65_HS1-834228961_62-HQ-83894_Section_4
Agency: FBI
Page 179
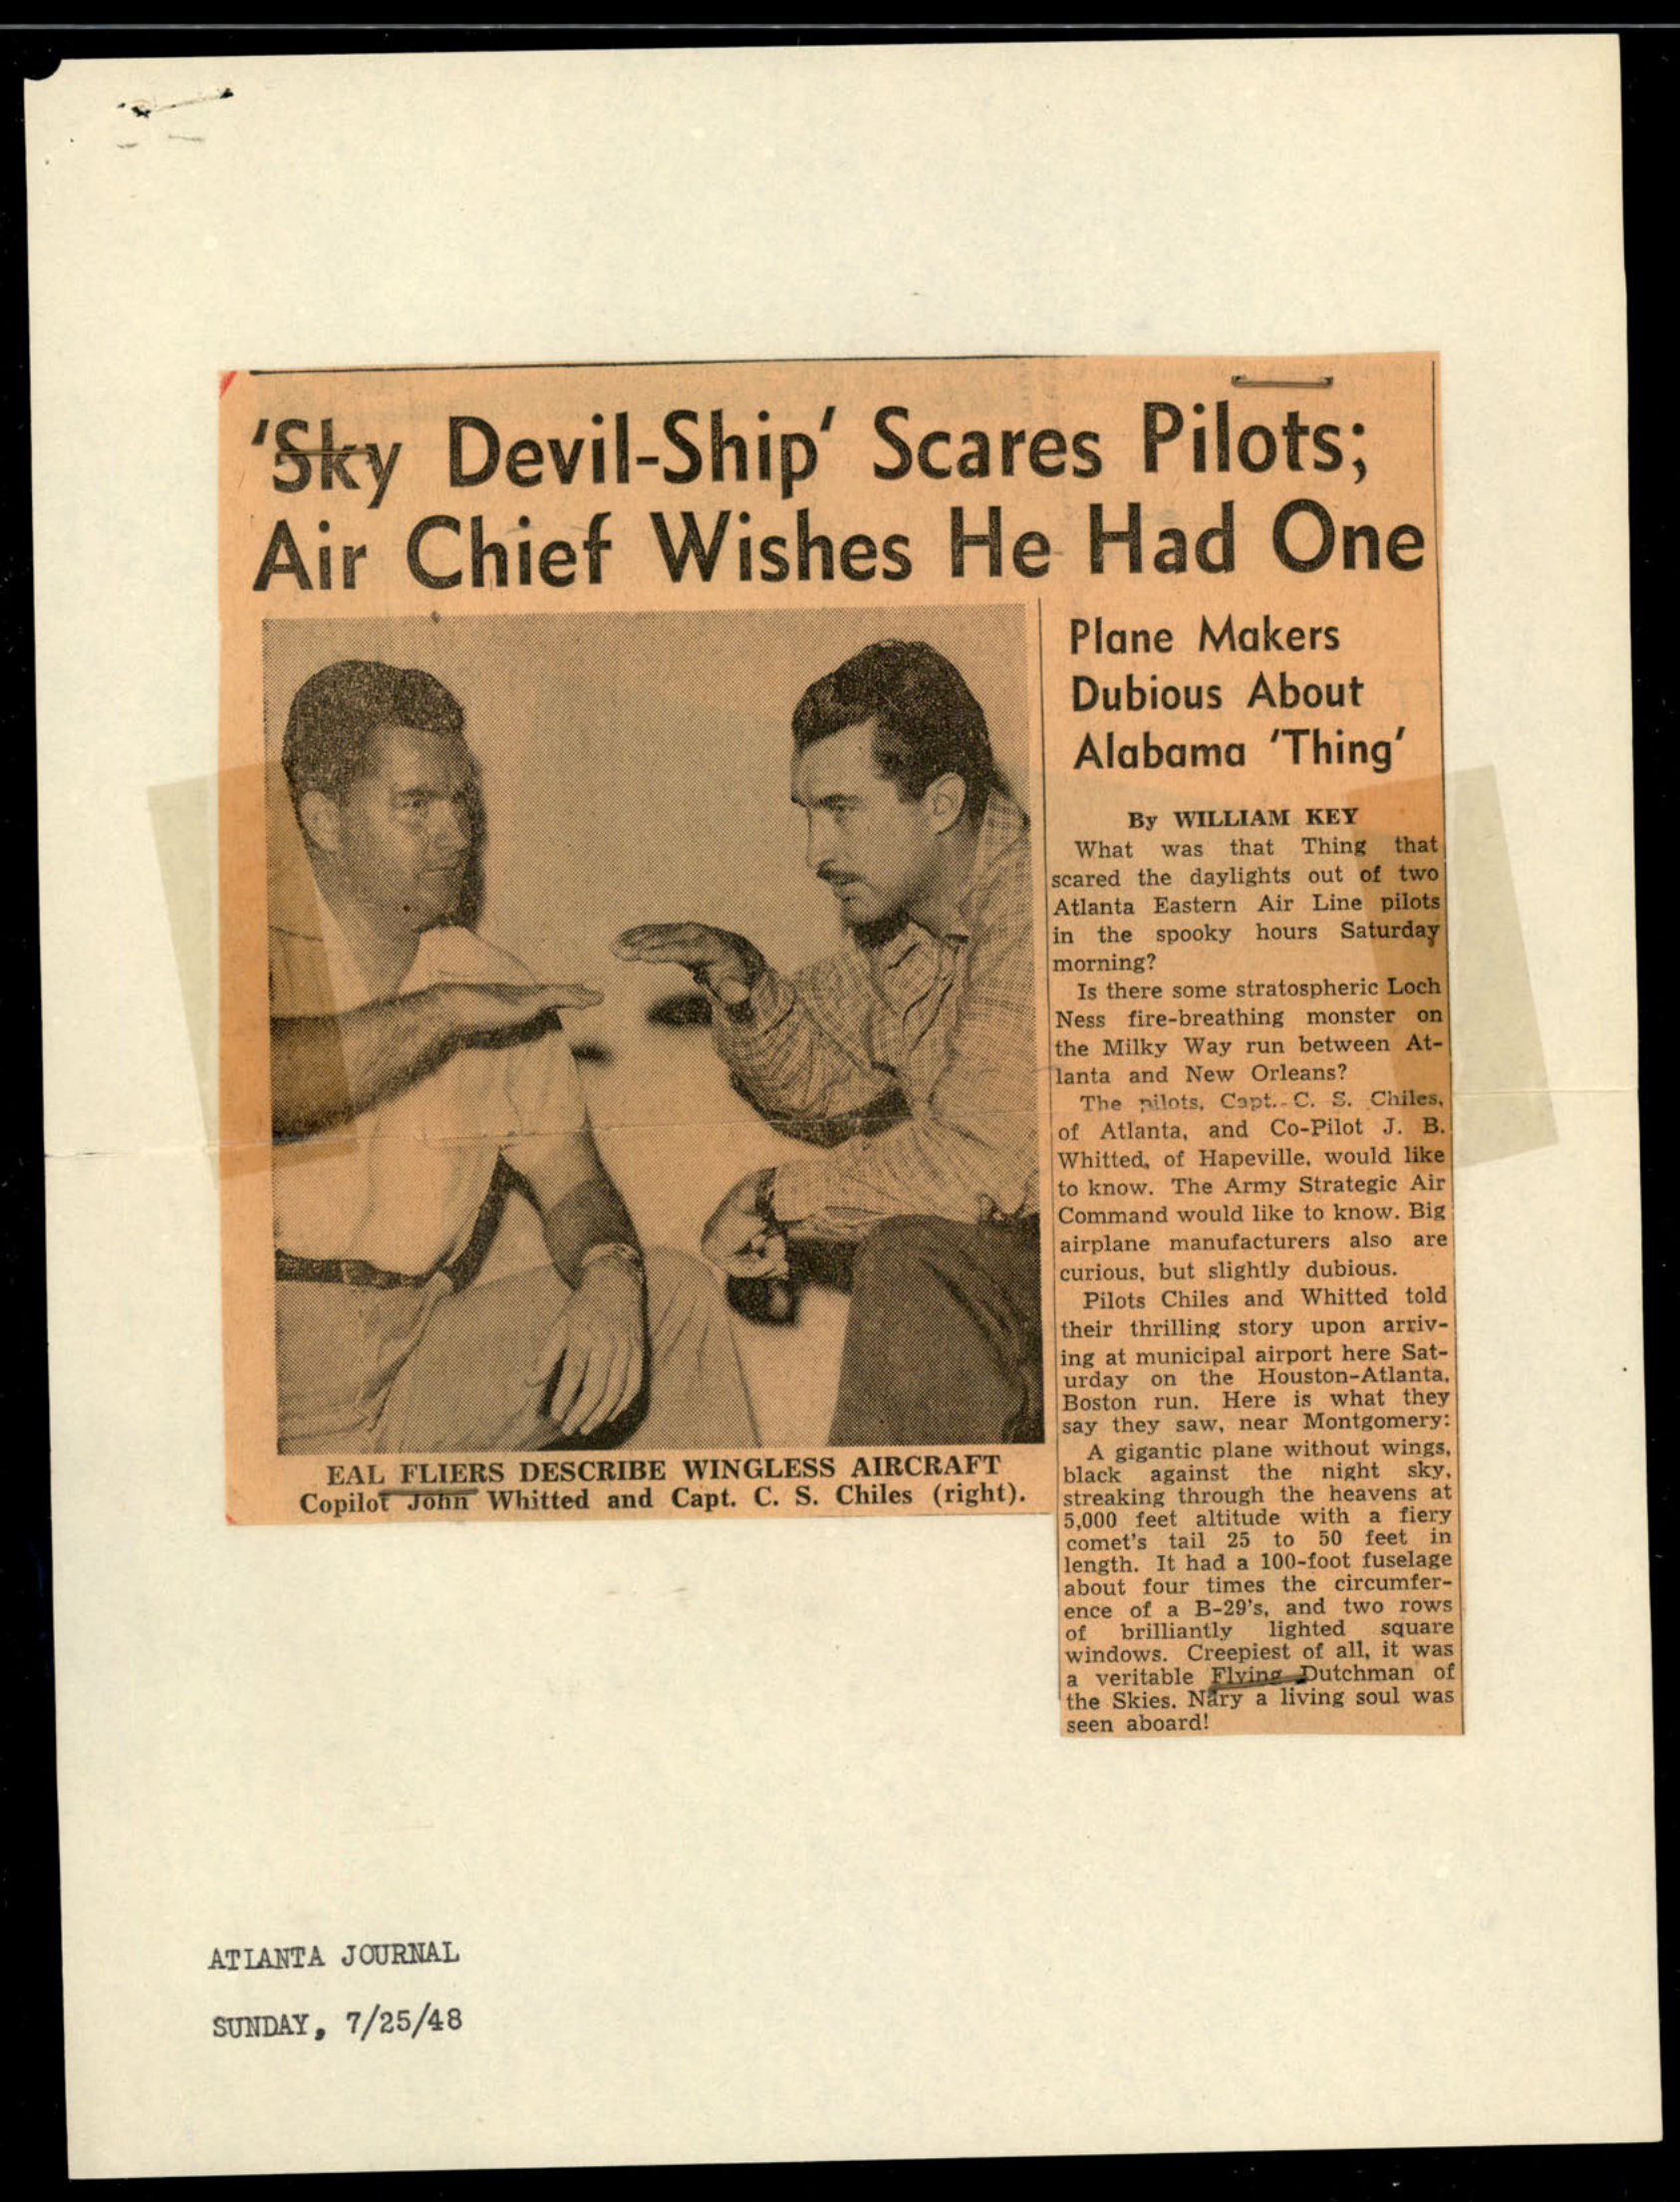